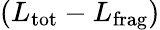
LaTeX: ({L}_{\mathrm{tot}}-{L}_{\mathrm{frag}})